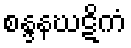
စန္ဒနဃဋိကံ